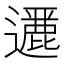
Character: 𨘶